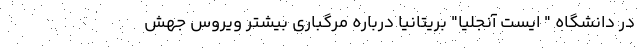
در دانشگاه " ایست آنجلیا" بریتانیا درباره مرگباری بیشتر ویروس جهش